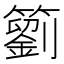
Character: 䉧